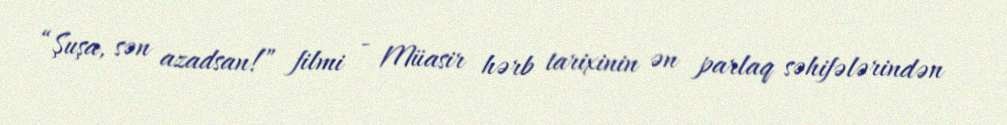
“Şuşa, sən azadsan!” filmi - Müasir hərb tarixinin ən parlaq səhifələrindən